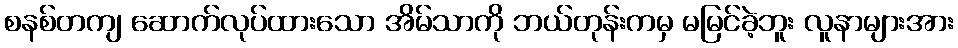
စနစ်တကျ ဆောက်လုပ်ထားသော အိမ်သာကို ဘယ်တုန်းကမှ မမြင်ခဲ့ဘူး လူနာများအား